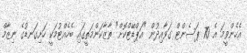
އެހެންވީމަ އެ 70 ޕަސެންޓް ގަވާއިދުން "އަޕްޑޭޓްކޮށް" ތާޒާކަންމަތީގައި ބެހެއްޓުމަކީ ހަށިގަނޑުގެ ނިޒާމް